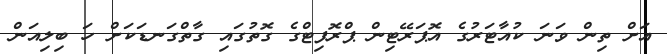
އަށް ތިން ވަނަ ކުއާޓަރުގެ އޮޕަރޭޓިން ޕްރޮފިޓްގެ ގޮތުގައި ގާތްގަނޑަކަށް ހަ ބިލިއަން